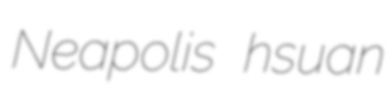
Neapolis hsuan